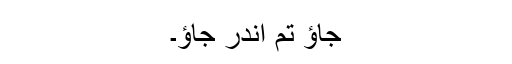
جاؤ تم اندر جاؤ۔